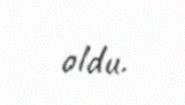
oldu.